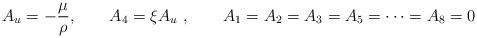
LaTeX: \begin{align*}A_u = - { \mu \over \rho}, \qquad A_4 = \xi A_u \ , \qquad A_1=A_2=A_3=A_5 =\dots = A_8=0\end{align*}